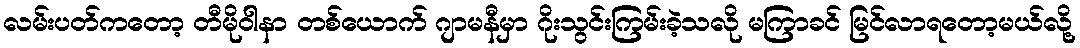
လမ်းပတ်ကတော့ တီမိုဝါနာ တစ်ယောက် ဂျာမနီမှာ ဂိုးသွင်းကြမ်းခဲ့သလို မကြာခင် မြင်လာရတော့မယ်လို့